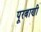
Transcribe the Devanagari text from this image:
पूरबाणी